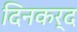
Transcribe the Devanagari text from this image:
दिनकर्द